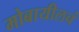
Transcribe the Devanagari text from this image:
मोबायीलचं